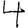
Digit: 4